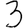
Digit: 3